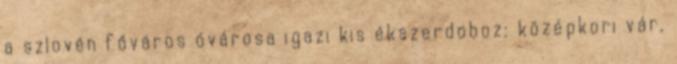
a szlovén főváros óvárosa igazi kis ékszerdoboz: középkori vár,